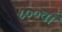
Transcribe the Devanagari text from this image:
८००वाँ